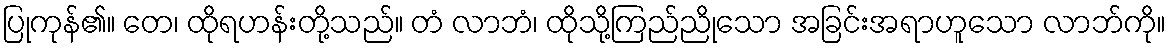
ပြုကုန်၏။ တေ၊ ထိုရဟန်းတို့သည်။ တံ လာဘံ၊ ထိုသို့ကြည်ညိုသော အခြင်းအရာဟူသော လာဘ်ကို။